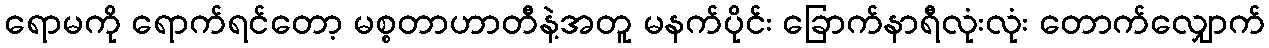
ရောမကို ရောက်ရင်တော့ မစ္စတာဟာတီနဲ့အတူ မနက်ပိုင်း ခြောက်နာရီလုံးလုံး တောက်လျှောက်